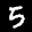
Label: 5